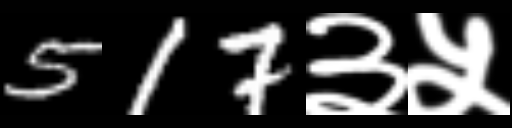
Text: 517३५